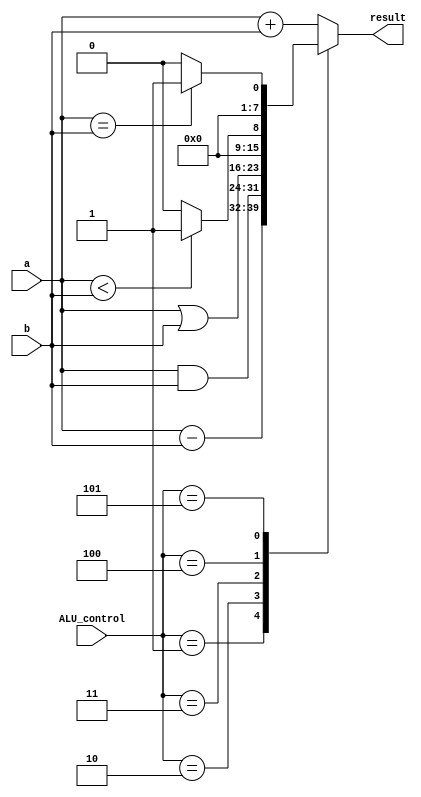
module ALU(input [7:0] a,b,input [2:0] ALU_control,output reg [7:0] result);  
 always @(*)
 begin   
      case(ALU_control)  
      3'b000: result = a + b; // add  
      3'b001: result = a - b; // sub  
      3'b010: result = a & b; // and  
      3'b011: result = a | b; // or   
      3'b100: begin if (a<b) result = 4'd1;  
                     else result = 4'd0;  
                     end  
      3'b101: begin if (a==b) result = 4'd1;  
                     else result = 4'd0;  
                     end  
      default:result = a + b; 
      endcase  
 end  
 //assign zero = (result==8'd0) ? 1'b1: 1'b0;  
 endmodule